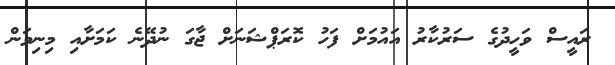
ރައީސް ވަހީދުގެ ސަރުކާރު އައުމަށް ފަހު ކޮރަޕްޝަނަށް ޖާގަ ނުދޭނެ ކަމަށާއި މިނިވަން